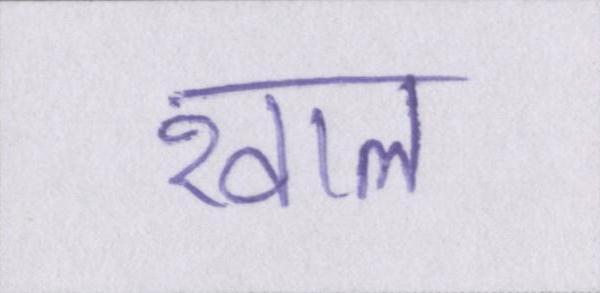
खाल